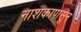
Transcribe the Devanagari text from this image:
नाशकापासून